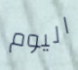
اليوم